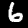
Digit: 6